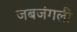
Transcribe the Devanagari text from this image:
जबजंगली